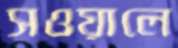
সওয়ালে